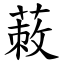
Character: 蓛